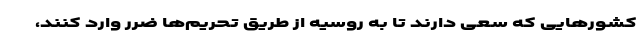
کشورهایی که سعی دارند تا به روسیه از طریق تحریم‌ها ضرر وارد کنند،